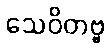
သေဝိတဗ္ဗ